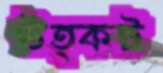
উত্কট